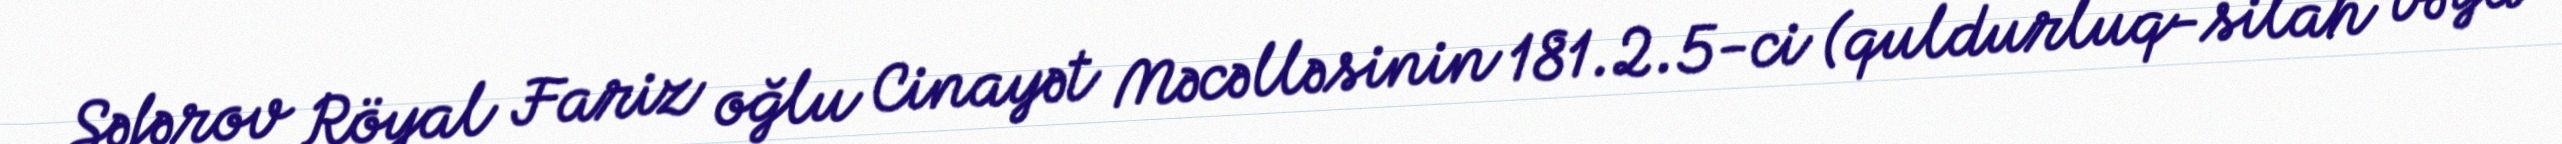
Səfərov Röyal Fariz oğlu Cinayət Məcəlləsinin 181.2.5-ci (quldurluq-silah və ya